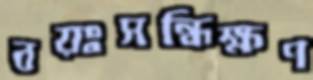
বয়ঃসন্ধিক্ষণ